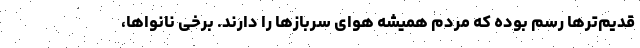
قدیم‌ترها رسم بوده که مردم همیشه هوای سربازها را دارند. برخی نانواها،